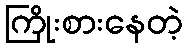
ကြိုးစားနေတဲ့